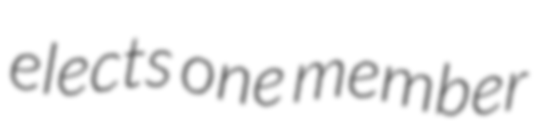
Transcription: elects one member